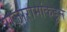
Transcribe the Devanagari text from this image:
राजारामांकडून